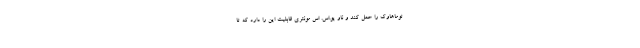
توماهاوک را حمل کند و ناو یو.اس. اس مونتری قابلیت این را دارد که تا